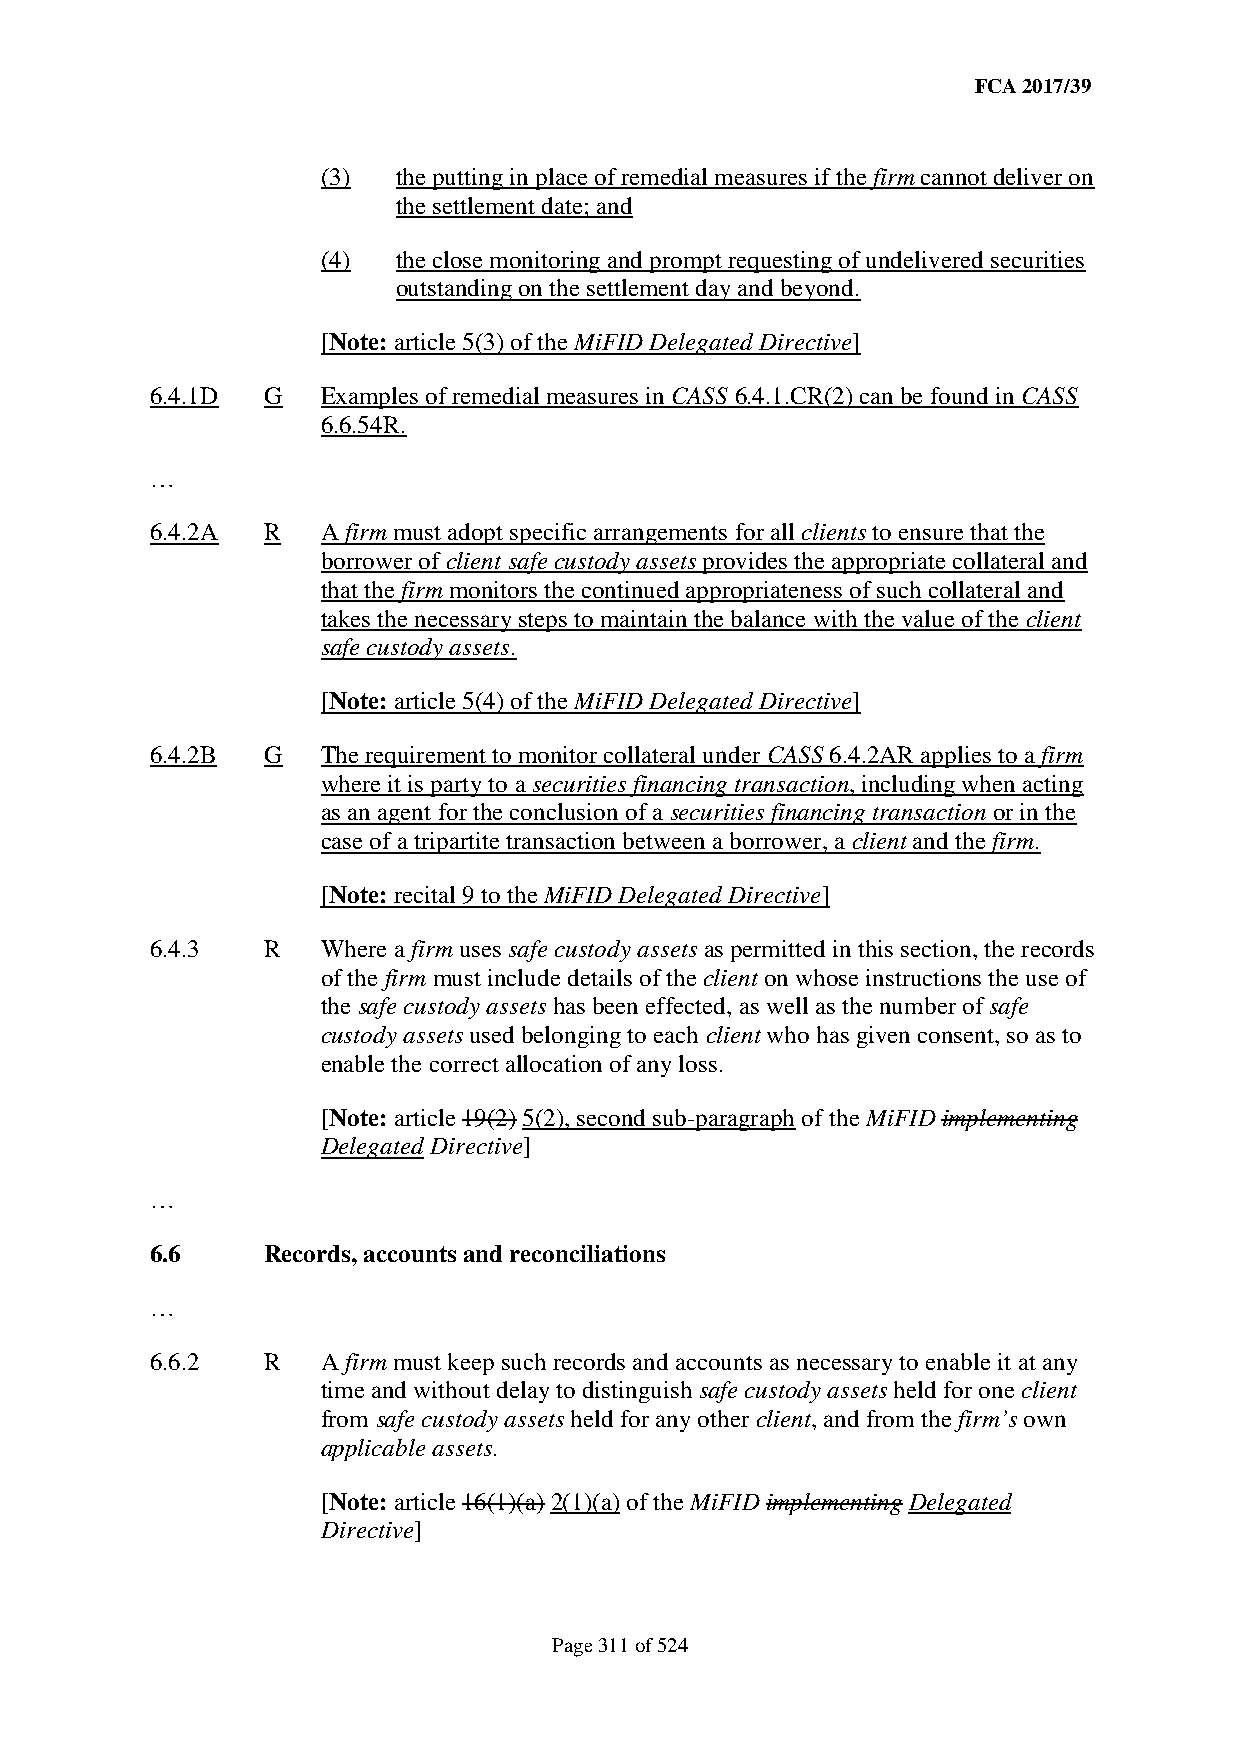
FCA 2017/39
 (3)  the putting in place of remedial measures if the firm cannot deliver on
 the settlement date; and
 (4)  the close monitoring and prompt requesting of undelivered securities
 outstanding on the settlement day and beyond.
 [Note: article 5(3) of the MiFID Delegated Directive]
 6.4.1D G   Examples of remedial measures in CASS 6.4.1.CR(2) can be found in CASS
 6.6.54R.
 …
 6.4.2A R   A firm must adopt specific arrangements for all clients to ensure that the
 borrower of client safe custody assets provides the appropriate collateral and
 that the firm monitors the continued appropriateness of such collateral and
 takes the necessary steps to maintain the balance with the value of the client
 safe custody assets.
 [Note: article 5(4) of the MiFID Delegated Directive]
 6.4.2B G   The requirement to monitor collateral under CASS 6.4.2AR applies to a firm
 where it is party to a securities financing transaction, including when acting
 as an agent for the conclusion of a securities financing transaction or in the
 case of a tripartite transaction between a borrower, a client and the firm.
 [Note: recital 9 to the MiFID Delegated Directive]
 6.4.3  R   Where a firm uses safe custody assets as permitted in this section, the records
 of the firm must include details of the client on whose instructions the use of
 the safe custody assets has been effected, as well as the number of safe
 custody assets used belonging to each client who has given consent, so as to
 enable the correct allocation of any loss.
 [Note: article 19(2) 5(2), second sub-paragraph of the MiFID implementing
 Delegated Directive]
 …
 6.6    Records, accounts and reconciliations
 …
 6.6.2  R   A firm must keep such records and accounts as necessary to enable it at any
 time and without delay to distinguish safe custody assets held for one client
 from safe custody assets held for any other client, and from the firm’s own
 applicable assets.
 [Note: article 16(1)(a) 2(1)(a) of the MiFID implementing Delegated
 Directive]
 Page 311 of 524